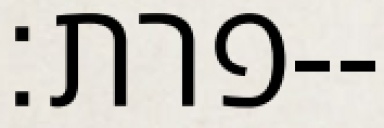
פרת׃--